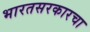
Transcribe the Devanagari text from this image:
भारतसरकारचा